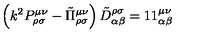
\left( k ^ { 2 } P _ { \rho \sigma } ^ { \mu \nu } - \tilde { \Pi } _ { \rho \sigma } ^ { \mu \nu } \right) \tilde { D } _ { \alpha \beta } ^ { \rho \sigma } = 1 { } 1 _ { \alpha \beta } ^ { \mu \nu }